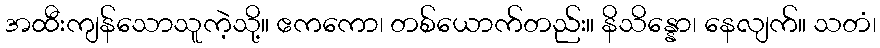
အထီးကျန်သောသူကဲ့သို့။ ဧကကော၊ တစ်ယောက်တည်း။ နိသိန္နော၊ နေလျက်။ သတံ၊